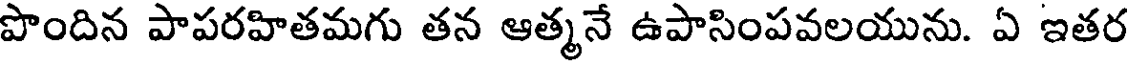
పొందిన పాపరహితమగు తన ఆత్మనే ఉపాసింపవలయును. ఏ ఇతర